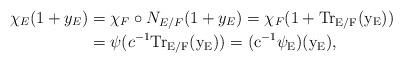
LaTeX: \begin{align*} \chi_E(1+y_E) &=\chi_F\circ N_{E/F}(1+y_E)=\chi_F(1+\rm{Tr}_{E/F}(y_E))\\ &=\psi(c^{-1}\rm{Tr}_{E/F}(y_E))=(c^{-1}\psi_E)(y_E),\end{align*}